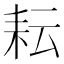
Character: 耘